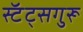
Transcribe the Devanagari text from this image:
स्टॅट्सगुरू